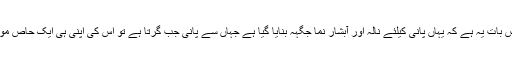
واضح رہے کہ اس باغ کی حاص بات یہ ہے کہ یہاں پانی کیلئے نالہ اور آبشار نما جگہہ بنایا گیا ہے جہاں سے پانی جب گرتا ہے تو اس کی اپنی ہی ایک حاص موسیقی انسان کو جذباتی کرتا ہے۔